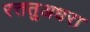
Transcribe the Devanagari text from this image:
रत्ततुअधरा